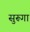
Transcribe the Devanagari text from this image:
सुरूगा